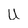
Character: U